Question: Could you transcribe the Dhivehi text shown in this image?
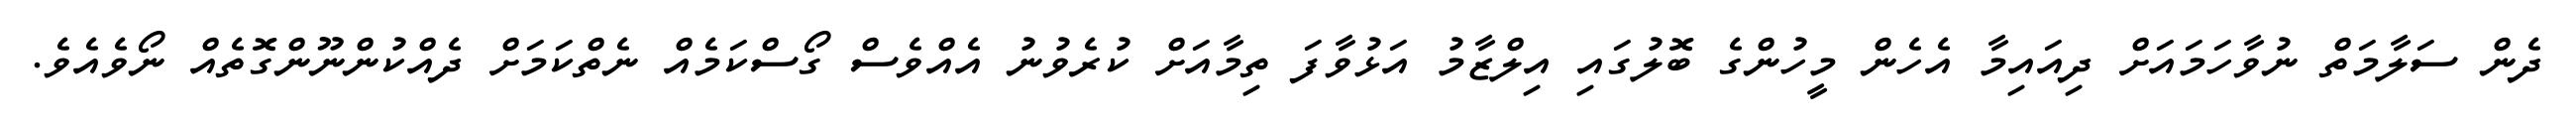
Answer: ދެން ސަލާމަތް ނުވާހަމައަށް ދިއައިމާ އެހެން މީހުންގެ ބޮލުގައި އިލްޒާމު އަޅުވާފަ ތިމާއަށް ކުރެވުނު އެއްވެސް ގޯސްކަމެއް ނެތްކަމަށް ދެއްކުންނޫންގޮތެއް ނޯވެއެވެ.